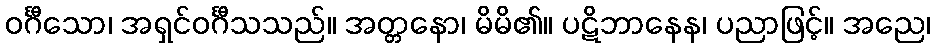
ဝင်္ဂီသော၊ အရှင်ဝင်္ဂီသသည်။ အတ္တနော၊ မိမိ၏။ ပဋိဘာနေန၊ ပညာဖြင့်။ အညေ၊